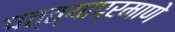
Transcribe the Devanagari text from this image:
पत्त्याप्रमाणे